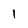
Character: 1